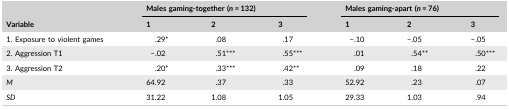
<table><thead><tr><td></td><td colspan="3"><b>Males gaming‐together (<i>n</i> = 132)</b></td><td colspan="3"><b>Males gaming‐apart (<i>n</i> = 76)</b></td></tr><tr><td><b>Variable</b></td><td><b>1</b></td><td><b>2</b></td><td><b>3</b></td><td><b>1</b></td><td><b>2</b></td><td><b>3</b></td></tr></thead><tbody><tr><td>1. Exposure to violent games</td><td>.29*</td><td>.08</td><td>.17</td><td>−.10</td><td>−.05</td><td>−.05</td></tr><tr><td>2. Aggression T1</td><td>−.02</td><td>.51***</td><td>.55***</td><td>.01</td><td>.54**</td><td>.50***</td></tr><tr><td>3. Aggression T2</td><td>.20*</td><td>.33***</td><td>.42**</td><td>.09</td><td>.18</td><td>.22</td></tr><tr><td><i>M</i></td><td>64.92</td><td>.37</td><td>.33</td><td>52.92</td><td>.23</td><td>.07</td></tr><tr><td><i>SD</i></td><td>31.22</td><td>1.08</td><td>1.05</td><td>29.33</td><td>1.03</td><td>.94</td></tr></tbody></table>